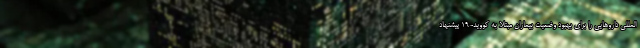
المللی داروهایی را برای بهبود وضعیت بیماران مبتلا به کووید-۱۹ پیشنهاد